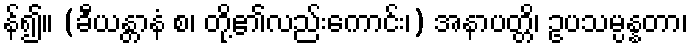
န်၍။ (ခီယန္တာနံ စ၊ တို့၏လည်းကောင်း၊) အနာပတ္တိ၊ ဥပသမ္ပန္နတာ၊